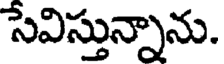
సేవిస్తున్నాను.